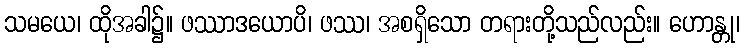
သမယေ၊ ထိုအခါ၌။ ဖဿာဒယောပိ၊ ဖဿ၊ အစရှိသော တရားတို့သည်လည်း။ ဟောန္တု၊